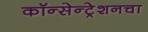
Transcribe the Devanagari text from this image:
कॉन्सेन्ट्रेशनचा